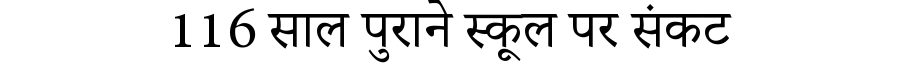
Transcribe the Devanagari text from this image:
116 साल पुराने स्कूल पर संकट